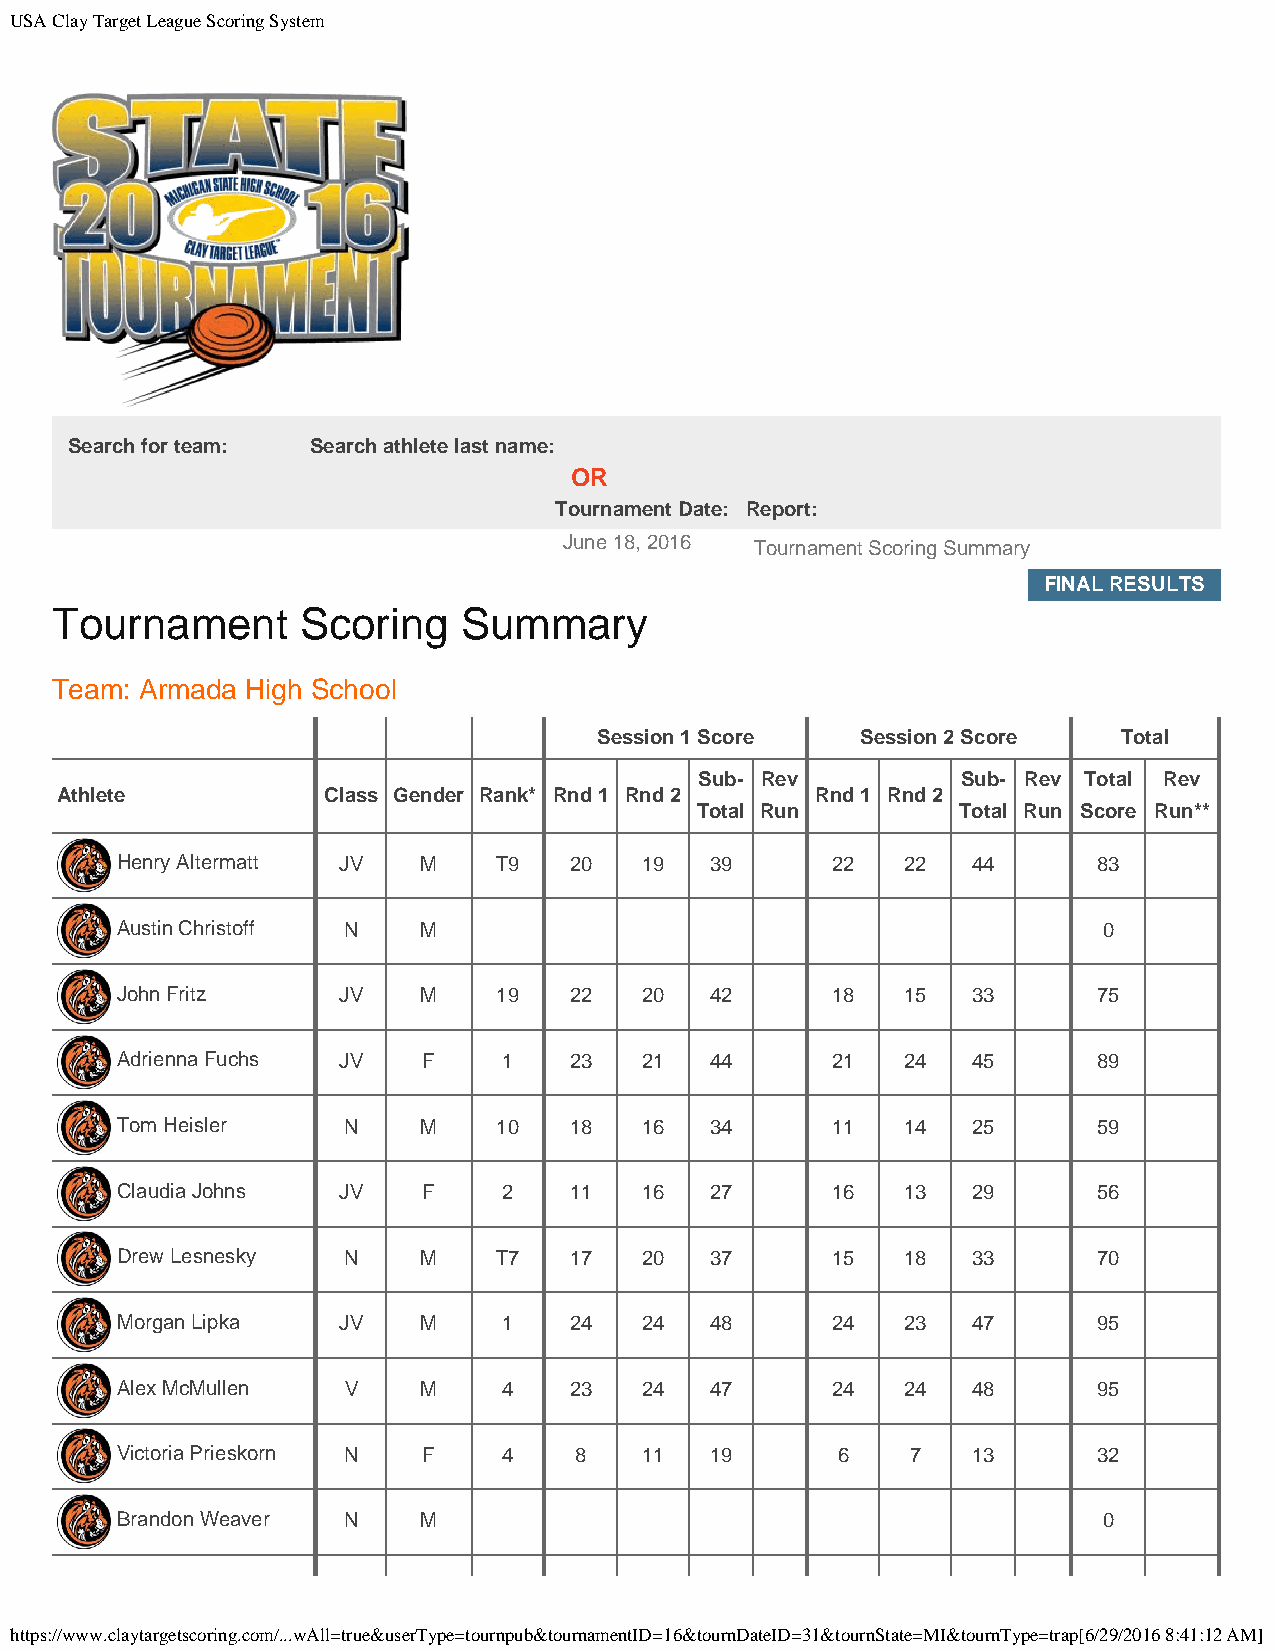
USA Clay Target League Scoring System
 Search for team: Search athlete last name:
 OR
 Tournament Date: Report:
 June 18, 2016 Tournament Scoring Summary
 FINAL RESULTS
 Tournament       Scoring   Summary
 Team: Armada High School
 Session 1 Score  Session 2 Score  Total
 Sub- Rev          Sub- Rev Total Rev
 Athlete          Class Gender Rank* Rnd 1 Rnd 2   Rnd 1 Rnd 2
 Total Run        Total Run Score Run**
 Henry Altermatt JV  M    T9   20  19   39      22   22  44       83
 Austin Christoff N  M                                            0
 John Fritz    JV    M    19   22  20   42      18   15  33       75
 Adrienna Fuchs JV   F    1    23  21   44      21   24  45       89
 Tom Heisler    N    M    10   18  16   34      11   14  25       59
 Claudia Johns JV    F    2    11  16   27      16   13  29       56
 Drew Lesnesky  N    M    T7   17  20   37      15   18  33       70
 Morgan Lipka  JV    M    1    24  24   48      24   23  47       95
 Alex McMullen  V    M    4    23  24   47      24   24  48       95
 Victoria Prieskorn N F   4    8   11   19      6    7   13       32
 Brandon Weaver N    M                                            0
 https://www.claytargetscoring.com/...wAll=true&userType=tournpub&tournamentID=16&tournDateID=31&tournState=MI&tournType=trap[6/29/2016 8:41:12 AM]